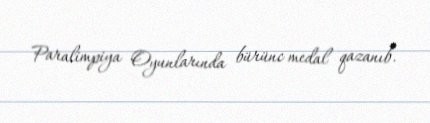
Paralimpiya Oyunlarında bürünc medal qazanıb.